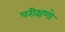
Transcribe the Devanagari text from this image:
परीक्षणो